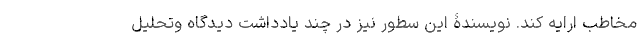
مخاطب ارایه کند. نویسندۀ این سطور نیز در چند یادداشت دیدگاه وتحلیل